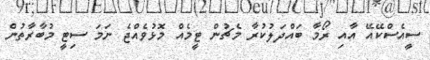
ސީއެސްކޭއޭ އާއި ރޯމާ ބައްދަލުކުރާ މެޗުން ޓީމެއް މޮޅުވެއްޖެ ނަމަ ސިޓީ މުބާރާތުން